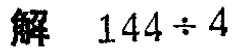
解 \(144\div 4\)